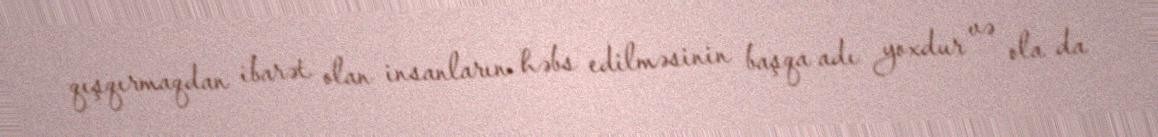
qışqırmaqdan ibarət olan insanların həbs edilməsinin başqa adı yoxdur və ola da